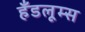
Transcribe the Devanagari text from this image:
हँडलूम्स